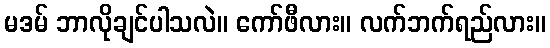
မဒမ် ဘာလိုချင်ပါသလဲ။ ကော်ဖီလား။ လက်ဘက်ရည်လား။